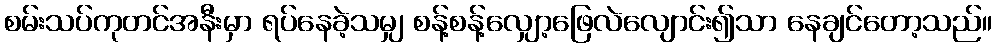
စမ်းသပ်ကုတင်အနီးမှာ ရပ်နေခဲ့သမျှ စန့်စန့်လျှော့ဖြေလဲလျောင်း၍သာ နေချင်တော့သည်။